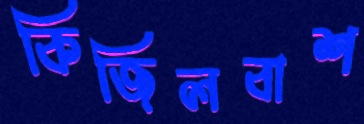
কিজিলবাশ